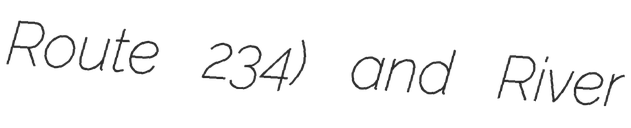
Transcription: Route 234) and River